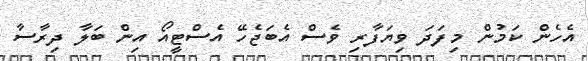
އެހެން ކަމުން މިފަދަ ވިޔަފާރި ވެސް އެބަޖެހޭ އެސްޓީއޯ އިން ބަލާ ދިރާސާ